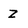
Character: z